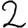
Digit: 2